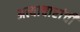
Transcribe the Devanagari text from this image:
अत्याचारांची